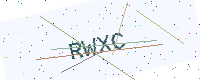
Text: RWXC